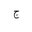
Letter: _gim